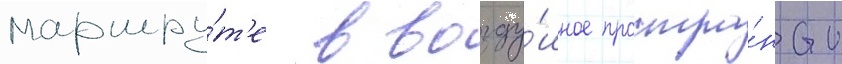
маршру́т'е в возду́шное простра́нство